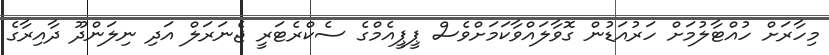
މިހާރަށް ހުއްޓާލުމަށް ހަރުއަޑުން ގޮވާލައްވާކަމަށްވެސް ޕީޕީއެމްގެ ސެކްރެޓަރީ ޖެނަރަލް އަދި ނިލަންދޫ ދާއިރާގެ